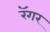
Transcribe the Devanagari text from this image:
रॅगर